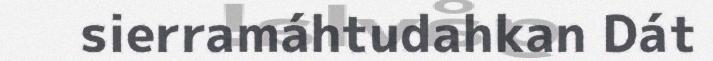
sierramáhtudahkan Dát